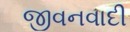
જીવનવાદી